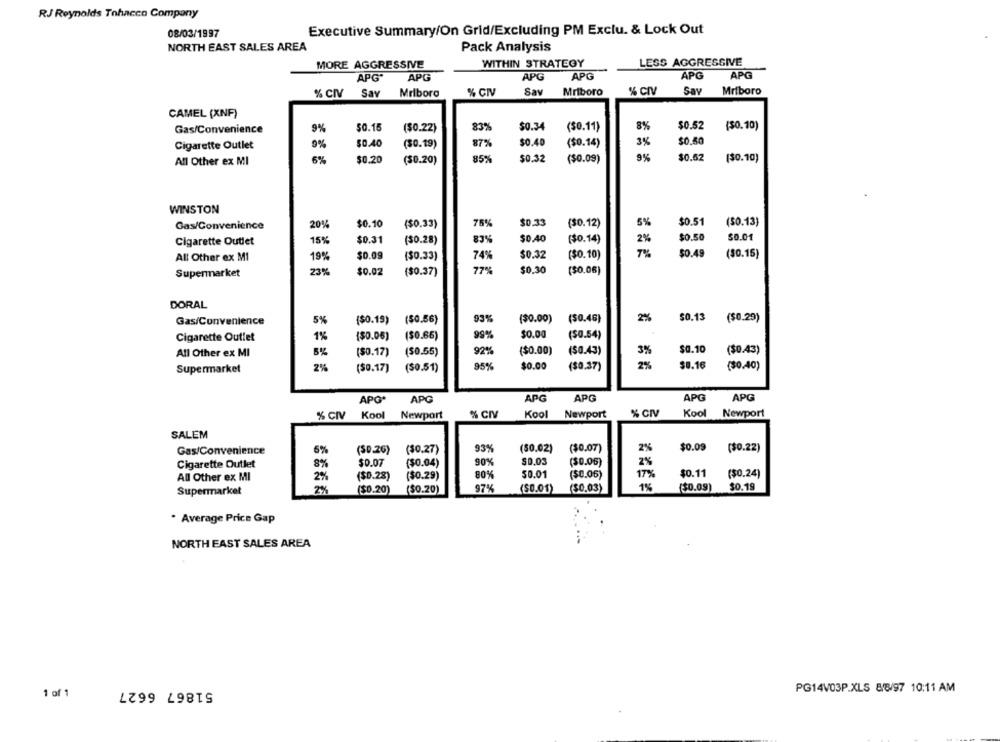
RJ Reynolds Tohacco Company
08/03/1997
Executive Summary/On Grid/Excluding PM Exclu. & Lock Out
NORTH EAST SALES AREA
Pack Analysis
MORE AGGRESSIVE
WITHIN STRATEGY
LESS AGGRESSIVE
APG
APG
APG
APG*
APG
APG
" CIV
Say
Mriboro
% CIV
Say
Mriboro
% CIV
Sav
Mriboro
CAMEL (XNF)
50.15
$0.34
8%
$0.52
($0.10)
Gas/Convenience
9%
($0.22)
83%
($0.11)
$0.40
3%
$0.50
Cigarette Outlet
9%
$0.40
($0.19)
87%
($0.14)
9%
All Other ex MI
6%
$0.20
($0.20)
85%
$0.32
($0.09)
$0.52
($0.10)
WINSTON
$0.10
$0.33
(30.12)
5%
$0.51
($0.13)
Gas/Convenience
20%
($0.33)
$0.40
2%
$0.50
50.01
Cigarette Outlet
15%
$0.31
(30.28)
87%
($0.14)
7%%
$0.49
All Other ex MI
19%
$0.09
($0.33)
74%
$0.32
($0.10)
(30.15)
Supermarket
23%
$0.02
($0.37)
77%
$0.30
($0.06)
DORAL
Gas/Convenience
($0.19)
($0.56)
93%
($0.00)
($0.46)
2%
$0.13
($0.29)
5%
$0.00
Cigarette Outlet
1%
($0.06)
($0.66)
99%
($0.54)
$0.10
All Other ex MI
5%
($0.17)
($0.55)
92%
($0.00)
($0.43)
3%
($0.43)
Supermarket
2%
($0.17)
(50.51)
95%
$0.00
($0.37)
2%
$0.16
($0.40)
APO*
APG
APG
APG
APG
APG
% CIV
Kool
Newport
% CIV
Kool
Newport
% CIV
Kool
Newport
SALEM
Gas/Convenience
6%
(50.26)
($0.27)
93%
(50.02)
($0.07)
2%
$0.09
($0.22)
$0.03
2%
Cigarette Outlet
8%
$0.07
($0.04)
90%
($0.05)
50.01
($0.06)
T%
$0.11
($0.24)
All Other ex MI
2%
($0.28)
($0.29)
80%
2%
($0.20)
($0.20)
97%
($0.01)
($0.03)
1%
($0.09)
$0.19
Supermarket
* Average Price Gap
NORTH EAST SALES AREA
51867 6627
PG14V03P.XLS 88/97 10:11 AM
1 of 1